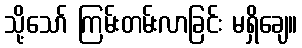
သို့သော် ကြမ်းတမ်းလာခြင်း မရှိချေ။